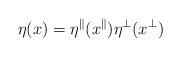
LaTeX: \begin{align*} \eta(x)=\eta^\parallel(x^\parallel)\eta^\perp(x^\perp)\end{align*}